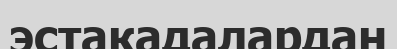
эстакадалардан